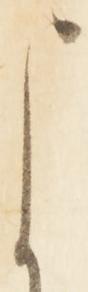
よ